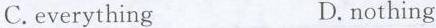
C.everything D.nothing